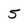
Character: 5